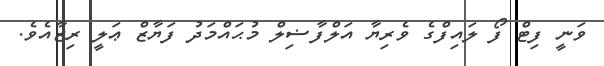
ވަނީ ފިޓް ފޯ ލައިފްގެ ވެރިޔާ އަލްފާޟިލް މުޙައްމަދު ފަޔާޒް ޢަލީ ރިޒާއެވެ.